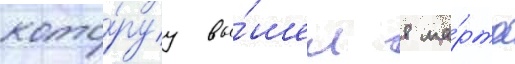
кото́руу вы́шел 8 ма́рта